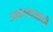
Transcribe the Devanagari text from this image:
प्रावरणाखाली